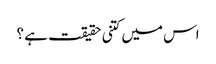
اس میں کتنی حقیقت ہے ؟